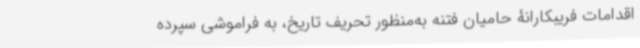
اقدامات فریبکارانۀ حامیان فتنه به‌منظور تحریف تاریخ، به فراموشی سپرده